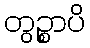
တွဉ္စာပိ